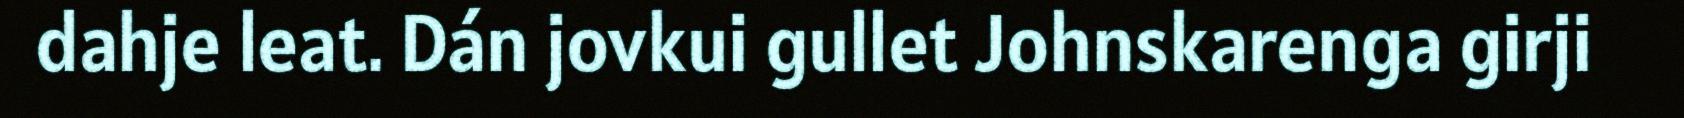
dahje leat. Dán jovkui gullet Johnskarenga girji